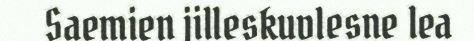
Saemien jilleskuvlesne lea